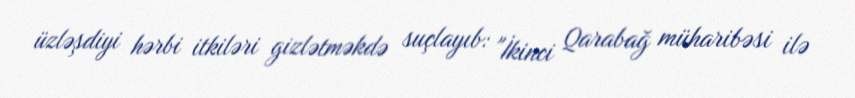
üzləşdiyi hərbi itkiləri gizlətməkdə suçlayıb: "İkinci Qarabağ müharibəsi ilə